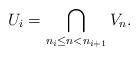
LaTeX: \begin{align*} U_i = \bigcap_{n_i\leq n < n_{i+1}} V_n.\end{align*}